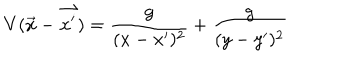
LaTeX: V ( \vec { x } - \vec { x ^ { \prime } } ) = \frac { g } { ( x - x ^ { \prime } ) ^ { 2 } } + \frac { g } { ( y - y ^ { \prime } ) ^ { 2 } }